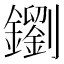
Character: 𨮸